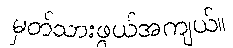
မှတ်သားဖွယ်အကျယ်။